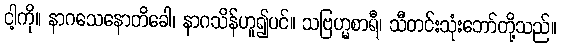
ငါ့ကို။ နာဂသေနောတိခေါ၊ နာဂသိန်ဟူ၍ပင်။ သဗြဟ္မစာရီ၊ သီတင်းသုံးဘော်တို့သည်။